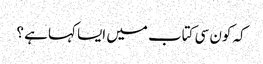
کہ کون سی کتاب میں ایسا کہا ہے ؟